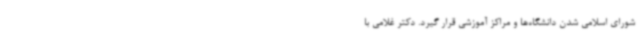
شورای اسلامی شدن دانشگاه‌ها و مراکز آموزشی قرار گیرد. دکتر غلامی با